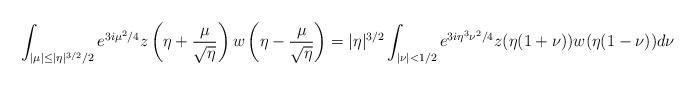
LaTeX: \begin{align*}\int_{|\mu|\le |\eta|^{3/2}/2} e^{3i\mu^2/4}z\left(\eta+\frac{\mu}{\sqrt{\eta}}\right)w\left(\eta-\frac{\mu}{\sqrt{\eta}}\right)=|\eta|^{3/2}\int_{|\nu|<1/2} e^{3i\eta^3\nu^2/4}z(\eta(1+\nu))w(\eta(1-\nu))d\nu\end{align*}